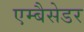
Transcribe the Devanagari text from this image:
एम्बैसेडर